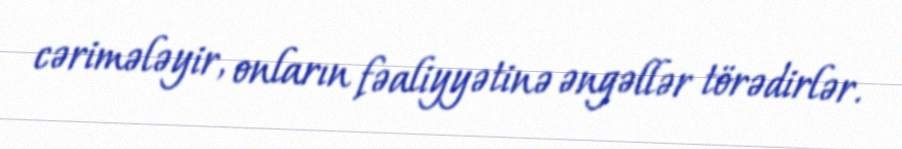
cərimələyir, onların fəaliyyətinə əngəllər törədirlər.